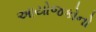
આયોજકોનો